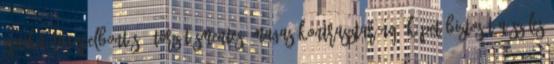
optika nagyfelbontású, torzításmentes, magas kontrasztarányú képet biztosít A széles